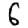
Digit: 6